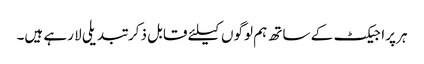
ہر پراجیکٹ کے ساتھ ہم لوگوں کیلئے قابل ذکر تبدیلی لا رہے ہیں۔